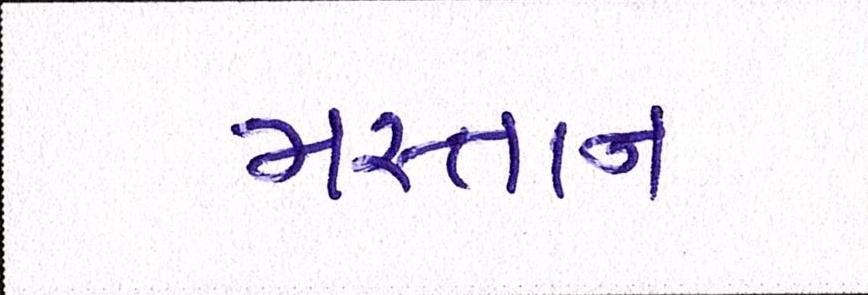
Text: મસ્તાન